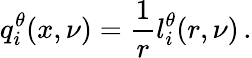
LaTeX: q_{i}^{\theta}(x,\nu)=\frac{1}{r}l_{i}^{\theta}(r,\nu)\, .